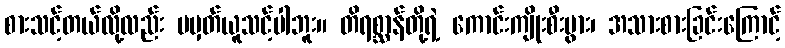
စားသင့်တယ်လို့လည်း မမှတ်ယူသင့်ပါဘူး။ တိရစ္ဆာန်တို့ရဲ့ ကောင်းကျိုးစီးပွား၊ အသားစားခြင်းကြောင့်